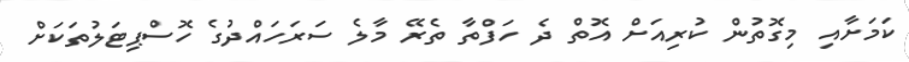
ކަމަށާއި މިގޮތުން ކުރިއަށް އޮތް ދެ ހަފްތާ ތެރޭ މާލެ ސަރަހައްދުގެ ހޮސްޕިޓަލުތަކަށް